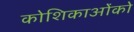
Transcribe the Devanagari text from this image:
कोशिकाओंको